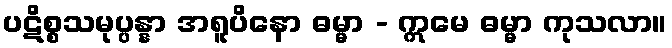
ပဋိစ္စသမုပ္ပန္နာ အရူပိနော ဓမ္မာ - ဣမေ ဓမ္မာ ကုသလာ။